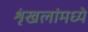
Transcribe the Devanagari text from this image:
शृंखलांमध्ये